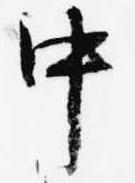
中